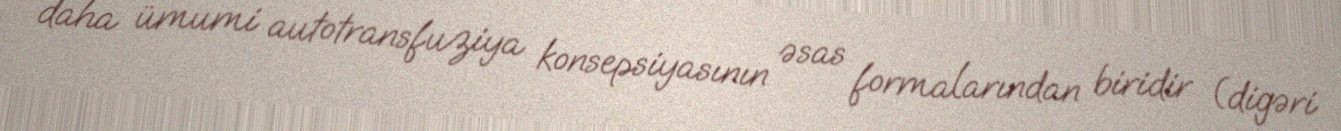
daha ümumi autotransfuziya konsepsiyasının əsas formalarından biridir (digəri